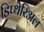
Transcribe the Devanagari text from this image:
डिप्थेरिअल